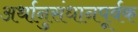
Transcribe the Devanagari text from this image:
अर्थानुसंधानपूर्वक